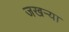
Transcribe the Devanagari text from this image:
जखऱ्या